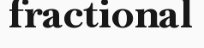
fractional